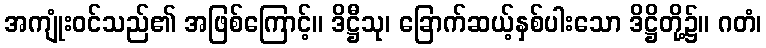
အကျုံးဝင်သည်၏ အဖြစ်ကြောင့်။ ဒိဋ္ဌီသု၊ ခြောက်ဆယ့်နှစ်ပါးသော ဒိဋ္ဌိတို့၌။ ဂတံ၊